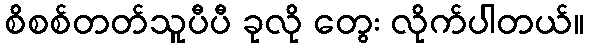
စိစစ်တတ်သူပီပီ ခုလို တွေး လိုက်ပါတယ်။